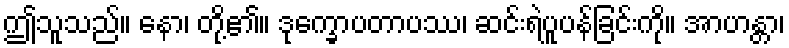
ဤသူသည်။ နော၊ တို့၏။ ဒုက္ခောပတာပဿ၊ ဆင်းရဲပူပန်ခြင်းကို။ အာဟန္တာ၊